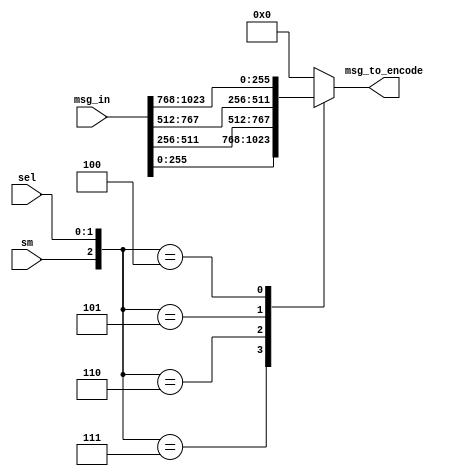
`timescale 1ns / 1ps
//////////////////////////////////////////////////////////////////////////////////
// Company: 
// Engineer: 
// 
// Design Name: 
// Module Name: Data_MUX
// Project Name: 
// Target Devices: 
// Tool Versions: 
// Description: 
// 
// Dependencies: 
// 
// Revision:
// Revision 0.01 - File Created
// Additional Comments:
// 
//////////////////////////////////////////////////////////////////////////////////


//module Data_MUX(msg_to_encode,sm,msg_in,sel,rst);
module Data_MUX(msg_to_encode,sm,msg_in,sel);
parameter K=1024;
parameter Lm=16;
parameter La=8;
parameter M=32;
parameter DIV = K/(M*La);
parameter MSEL_BITSIZE = 3; //log2(Km/(Lm*La))

output  [M*La-1:0]msg_to_encode;
input [K-1:0]msg_in;
input [1:0]sel; //same as f_sel 2 bit
//input rst;
input sm;
reg [M*La-1:0]msg_out1;
wire [K-1:0]msg_in1;
//assign msg_in1=rst?0:msg_in;
assign msg_in1 = msg_in;
always@(sel,msg_in1)
 begin
  case({sm,sel})
  3'b111 : msg_out1=msg_in1[(1*K/DIV-1):0];
  3'b110 : msg_out1=msg_in1[(2*K/DIV-1):K/DIV];
  3'b101 : msg_out1=msg_in1[(3*K/DIV-1):2*K/DIV];
  3'b100 : msg_out1=msg_in1[(4*K/DIV-1):3*K/DIV]; 
  default : msg_out1=0;
  endcase
  end
  assign msg_to_encode=msg_out1;
  //assign msg_to_encode=sm?msg_out1:'d0;
endmodule